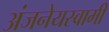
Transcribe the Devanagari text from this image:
अंजनेयस्‍वामी